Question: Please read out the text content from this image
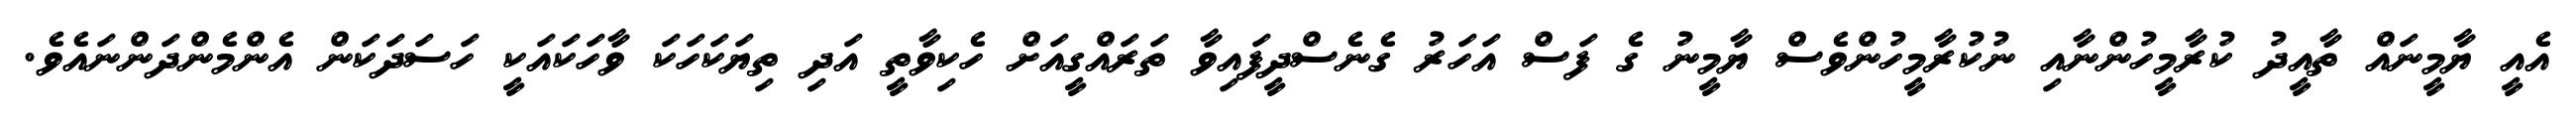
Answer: އެއީ ޔާމީނައް ތާއީދު ކުރާމީހުންނާއި ނުކުރާމީހުންވެސް ޔާމީނު ގެ ފަސް އަހަރު ގެނެސްދީފައިވާ ތަރައްގީއަށް ހެކިވާތީ އަދި ތިޔަކަހަކަ ވާހަކައަކީ ހަސަދަކަން އެންމެންދަންނައެވެ.